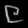
Digit: ၉